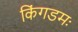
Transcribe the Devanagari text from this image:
किंगडमः